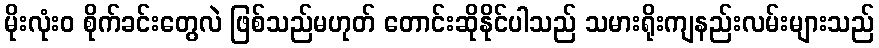
မိုးလုံး၀ စိုက်ခင်းတွေလဲ ဖြစ်သည်မဟုတ် တောင်းဆိုနိုင်ပါသည် သမားရိုးကျနည်းလမ်းများသည်